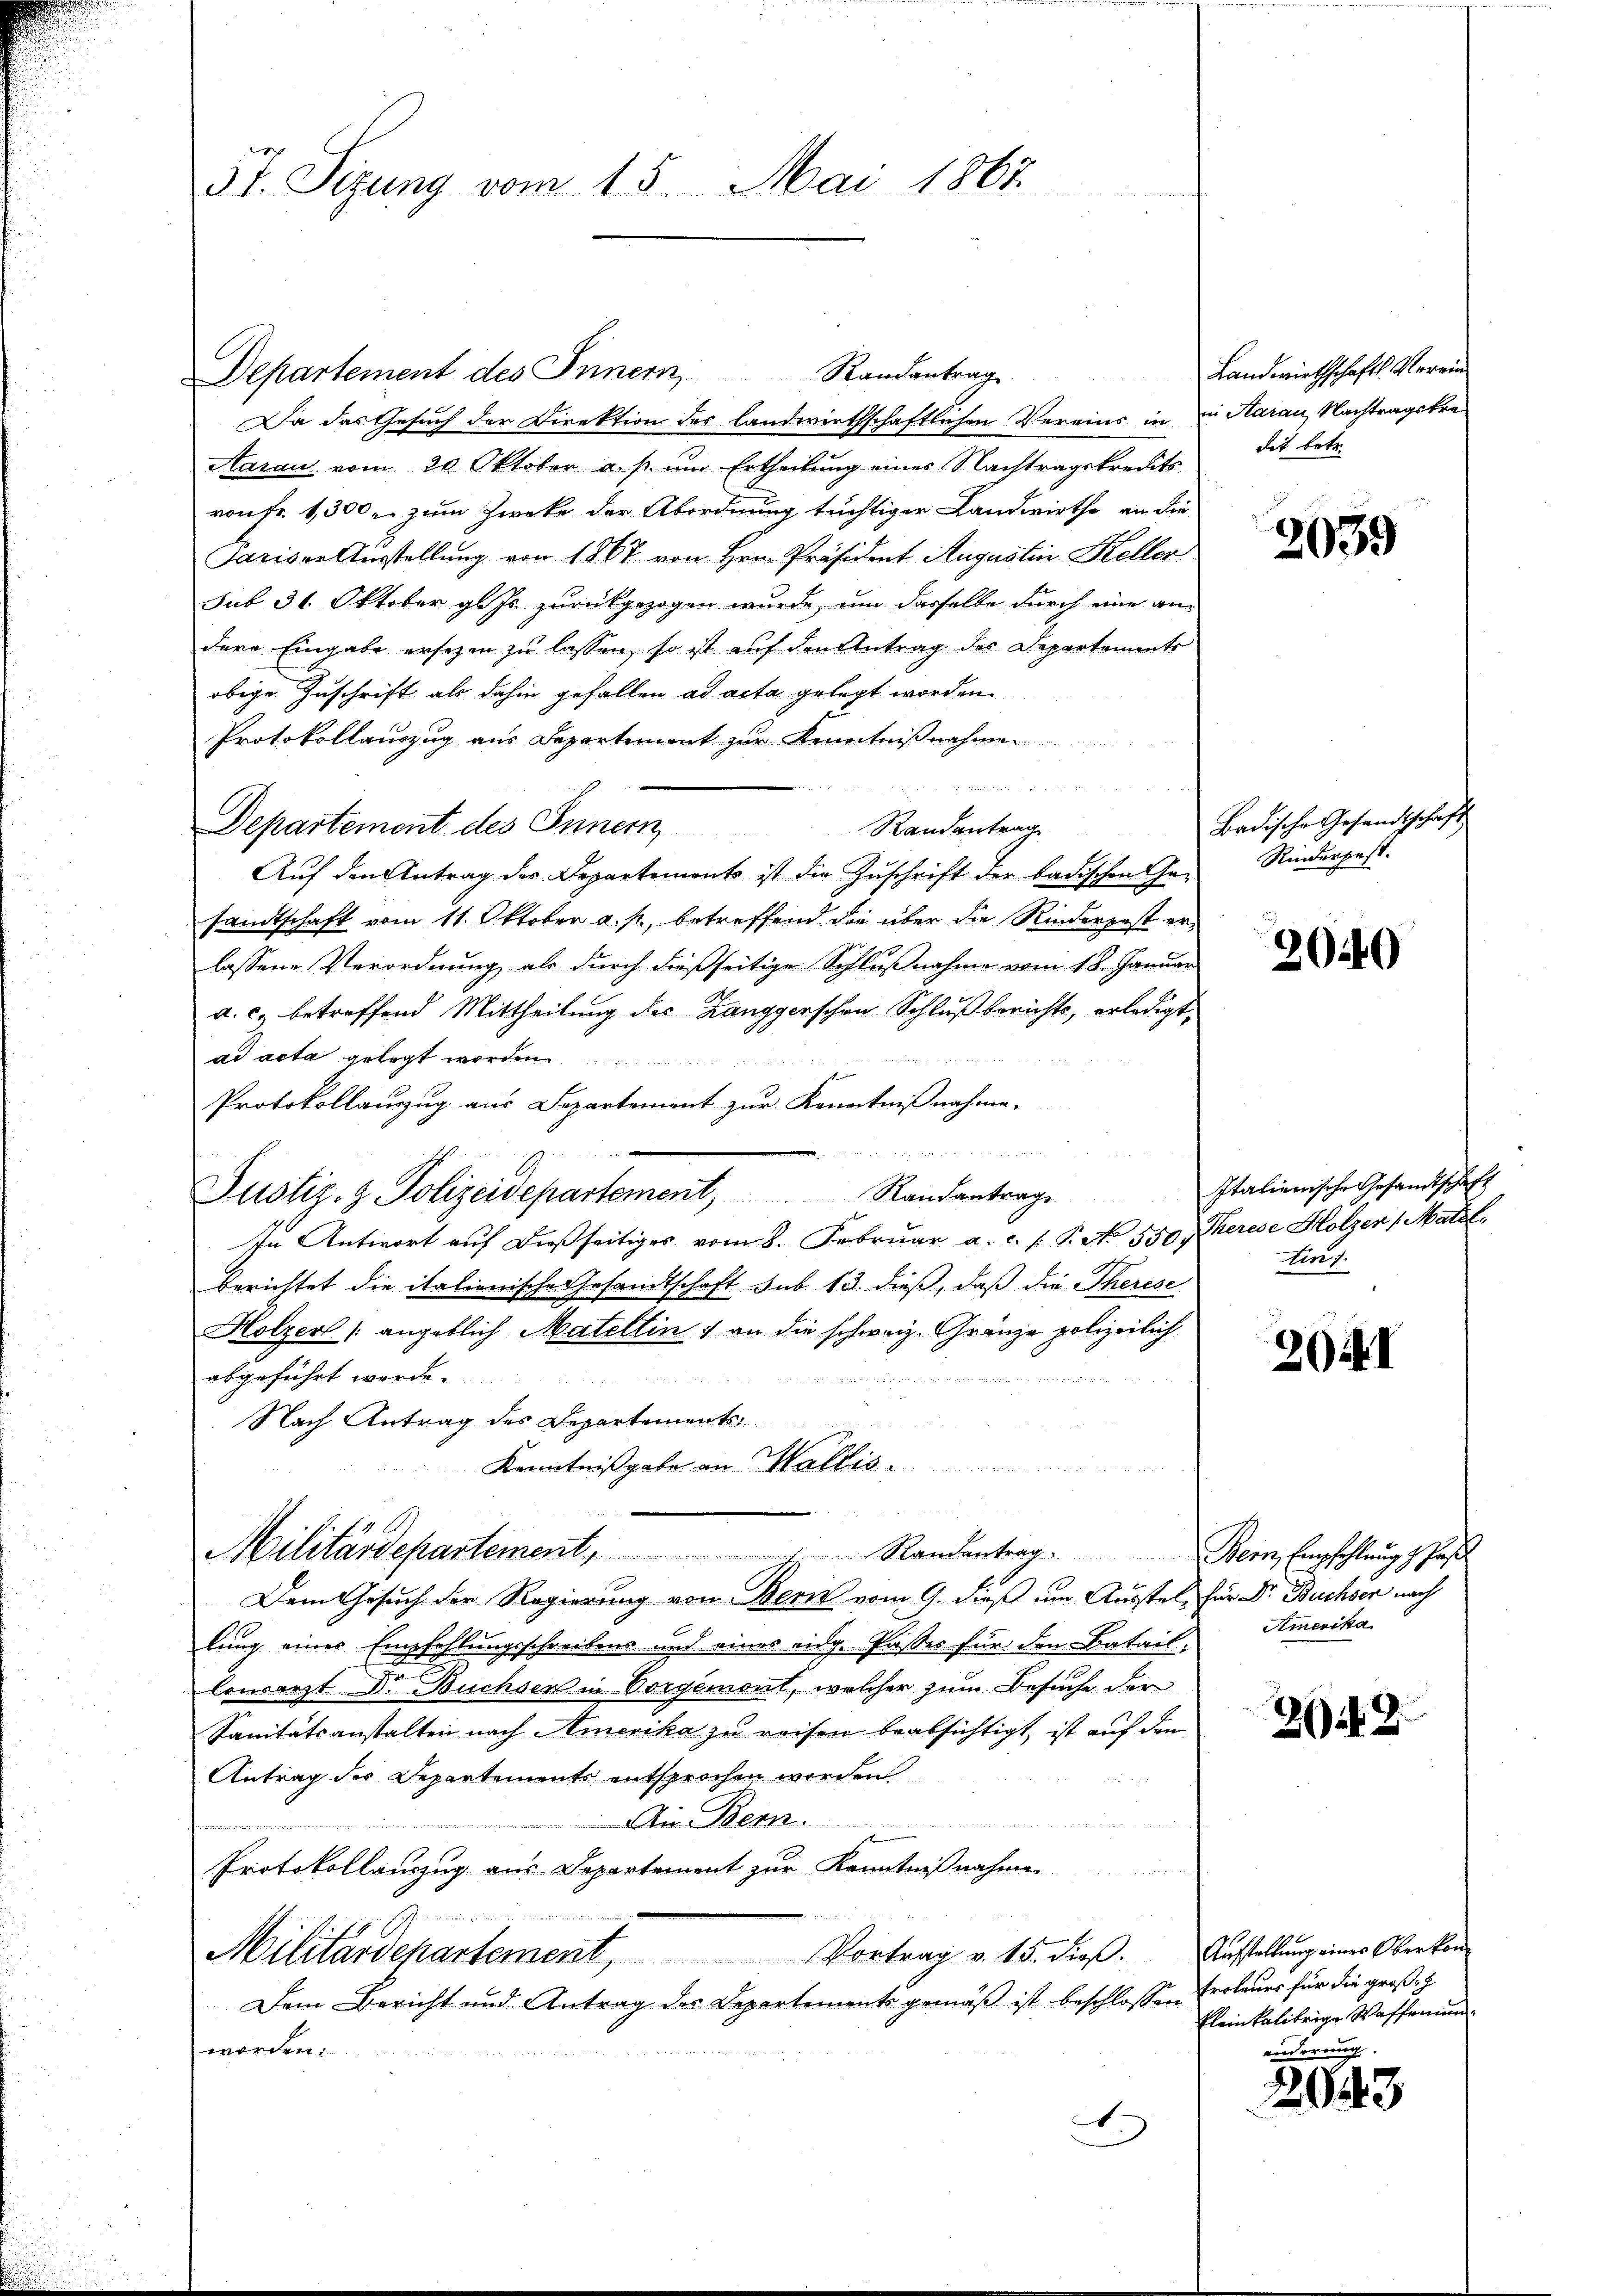
5t. Sizung vom 15. Mai 1867.

Departement des Innern Randantrag
Da das Gesuch der Direktion der landwirthschaftlichen Vereins in in Aarau, Nachtragskre
Aarau vom 20. Oktober a. p. um Ertheilung eines Nachtragskredits
von fr. 1300. zum Zwecke der Abordnung tüchtiger Landwirthe an die
Sariser Ausstellung von 1867 von Hrn. Präsident Augustin Koller
sub 31. Oktober guts zurückgezogen wurde, um dasselbe durch eine an
dere Eingabe ersezen zu lassen, so ist auf den Antrag des Depertoments
obige Zuschrift als dahin gefallen ad acta gelegt worden.
Protokollauszug aus Departement zur Kenntnisnah

Departement des Innern
Randantrag
Auf den Antrag des Departements ist die Zuschrift der badischen Ge-
sandtschaft vom 11. Oktober a. p., betreffend die über die Rinderpost erlassene Verordnung als durch dießseitige Schlußnahme vom 18. Januar
a. c. betreffend Mittheilung des Zanggenschen Schluß berichts, erledigt,
ad acta gelegt
Protokollauszug aus Separtement zur Kenntnißnahme.

Justiz- & Polizeidepartement, Randantrage
In Antwort auf dießseitiges vom 8. Februar a. c. s. P. No 550. Therese Holzer (Matzl
berichtet die italienische Gesandtschaft sub. 13. dieß, daß die Therese
Holzer (angeblich Matellin 7 an die schweiz. Gränze polizeilich
abgeführt werde.
 er in den sie sie an die
Nach Antrag des Departements
Kenntnißgabe an Wallis
Militärdepartement, 1 Randantrag. Bein Empfehlŭng z. Pas
Dem Gesuch der Regierung von Bern vom 9. dieß um Ausstel, für Dr. Buchser nach
lung einer Empfehlungsschreibens- und eines eidg. Passes für den Batail,
Concerzt Dr. Buchsen in Vorgemont, welcher zum Besuche der
Sanitätsanstalten nach Amerika zu reisen beabsichtigt, ist auf den
Antrag des Departements entsprochen worden
Ain Bern.

Protokollauszug aus Departement zur Kenntnißnahme
d. Gener in Berein
Militärdepartement, Vortrag v. 15. dieβ.
Dem Bericht und Antrag des Departements gemäß ist beschlossen
worden.
.

Landwirthschafts Verein
dit betr.

2039

Badische Gesandtschaft
Rinderpest.

2040

Italienische Gesandtschaft
Leng.

20 i

Amerika

22

Aufstellung eines Oberkon¬
Eroteurs für die große
kleinkalibrige Waffenunänderung.

2043